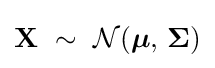
\mathbf {X} \ \sim \ {\mathcal {N}}({\boldsymbol {\mu }},\,{\boldsymbol {\Sigma }})